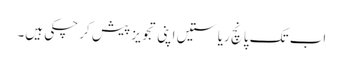
اب تک پانچ ریاستیں اپنی تجویز پیش کر چکی ہیں۔